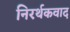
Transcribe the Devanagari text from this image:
निरर्थकवाद